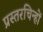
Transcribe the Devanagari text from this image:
प्रस्तरचिन्हों